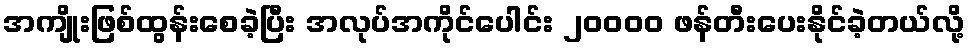
အကျိုးဖြစ်ထွန်းစေခဲ့ပြီး အလုပ်အကိုင်ပေါင်း ၂၀၀၀၀ ဖန်တီးပေးနိုင်ခဲ့တယ်လို့